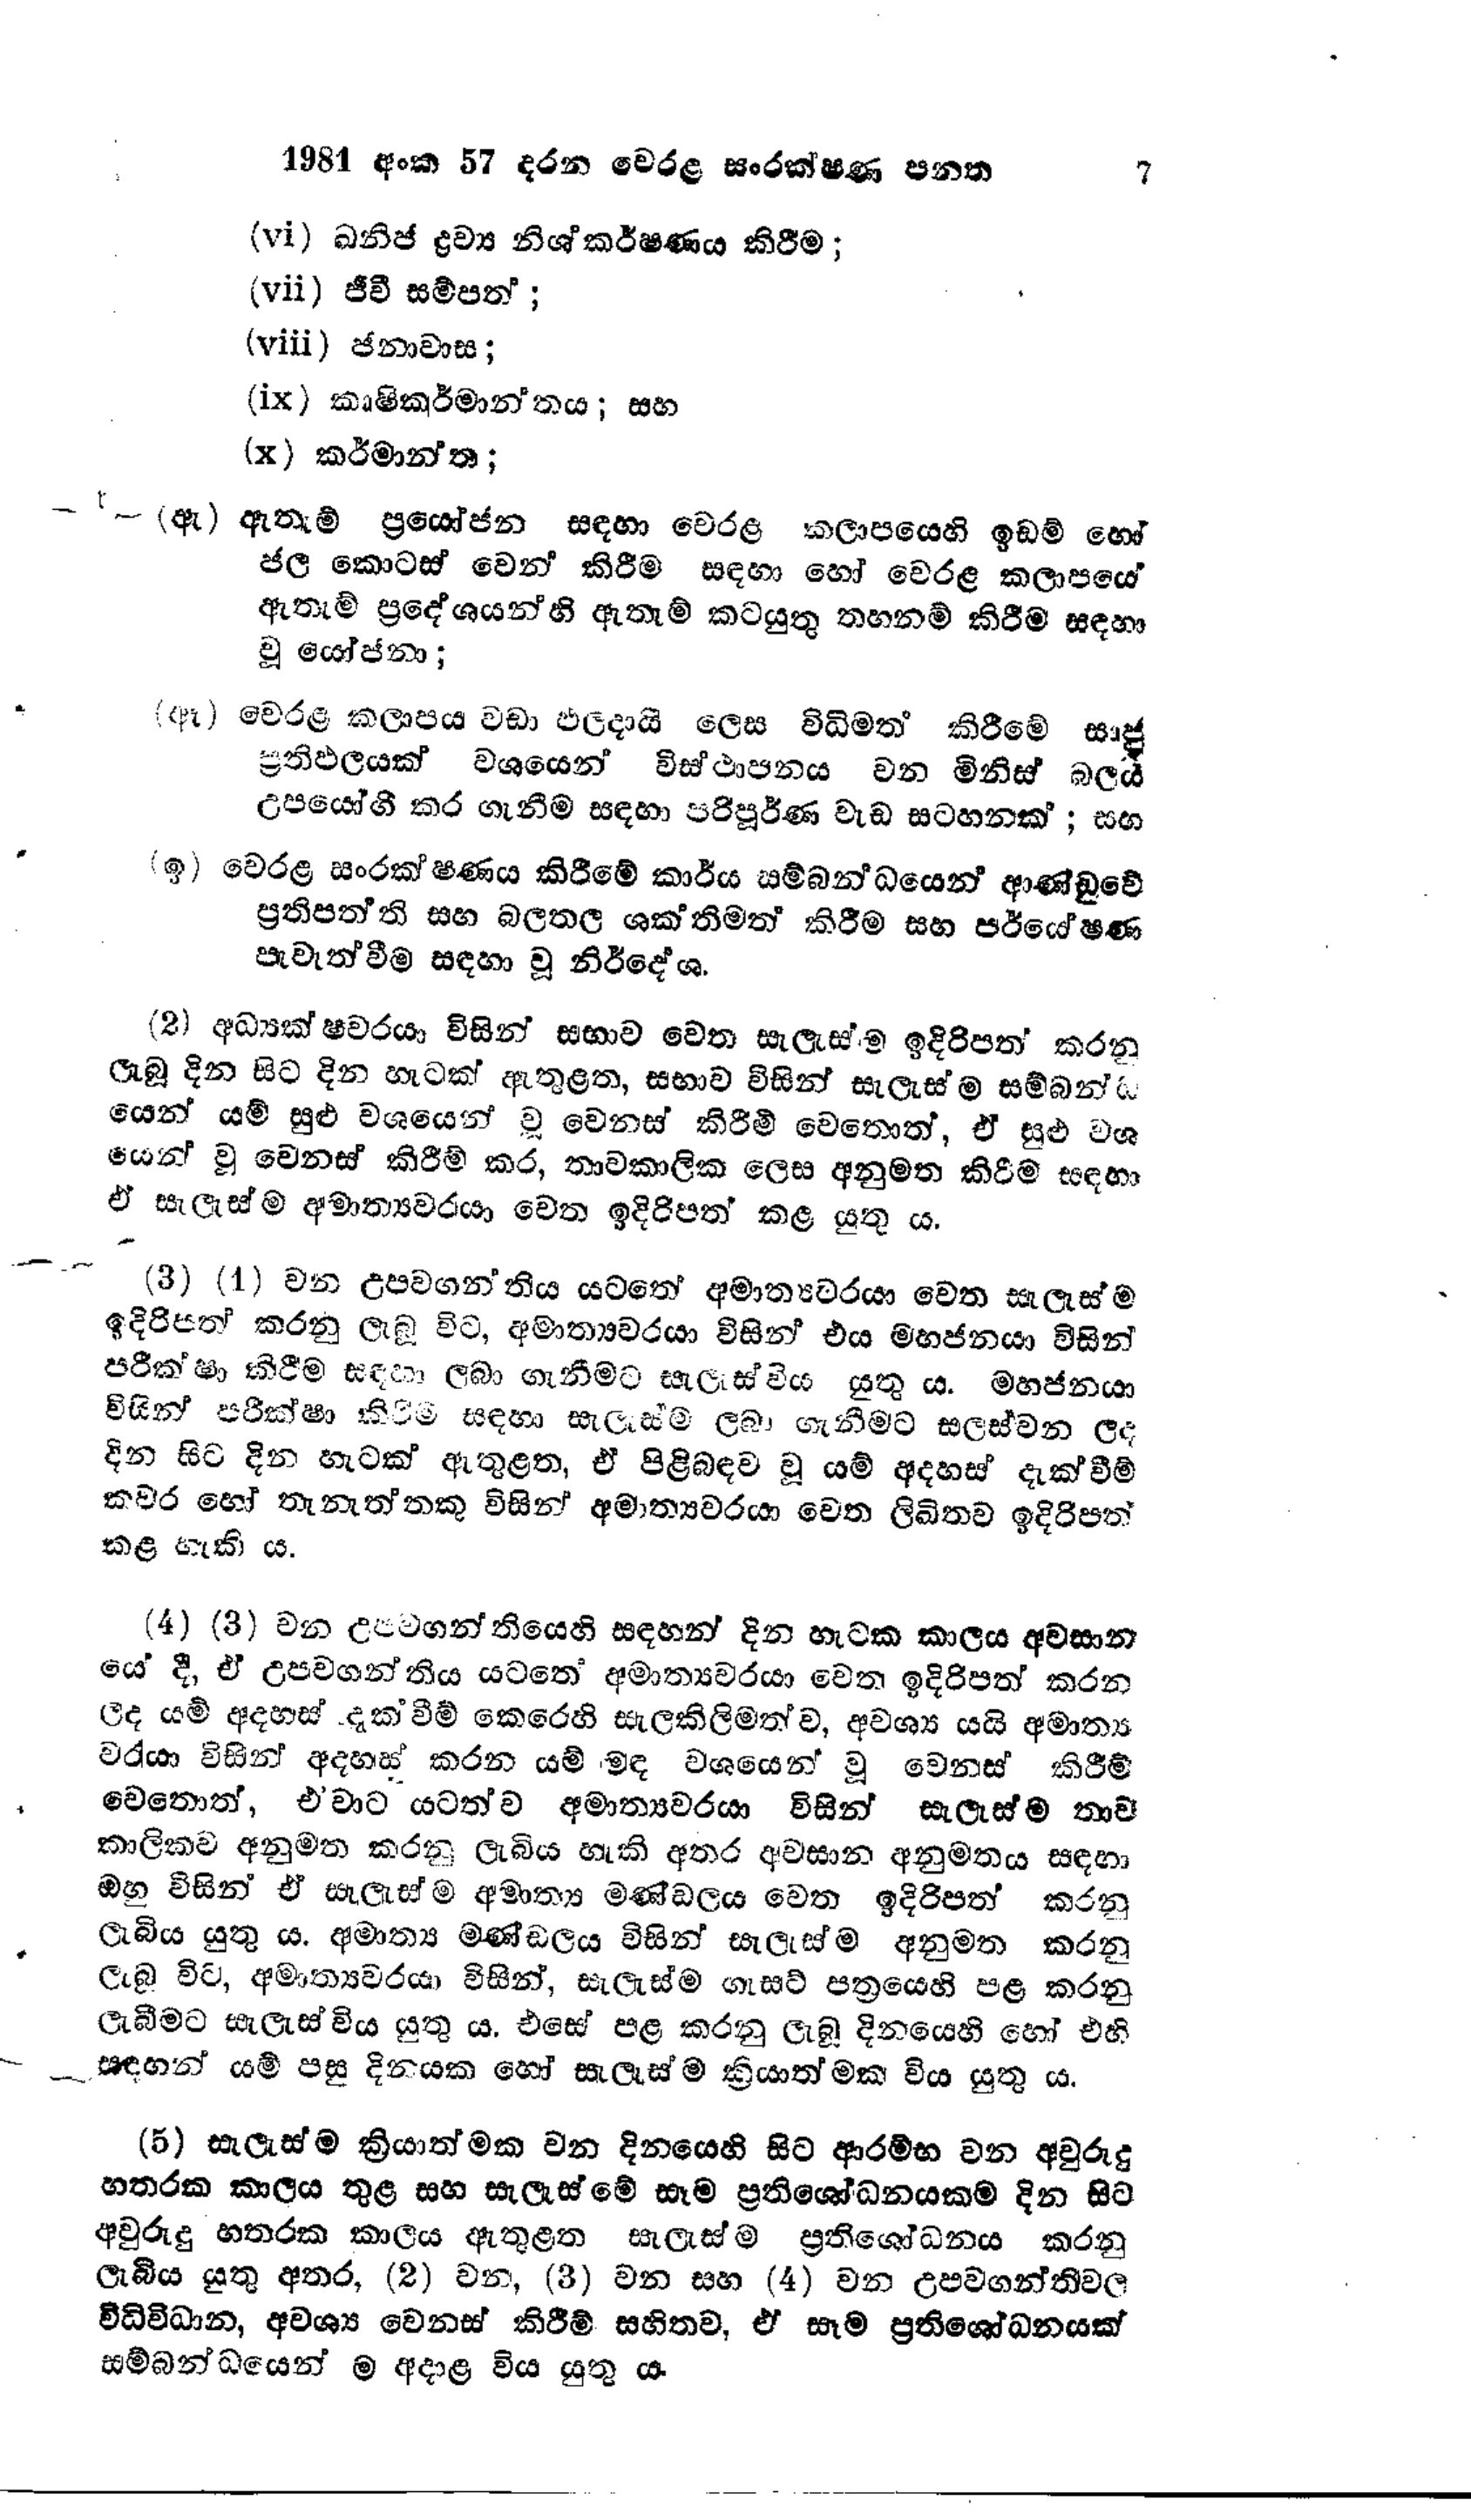
1981 අංක 57 දරන වෙරළ සංරක්ෂණ පනත   7

(vi) ඛනිජ ද්‍රව්‍ය නිශ්කර්ෂණය කිරීම;
(vii) ජීවී සම්පත් ;
(viii) ජනාවාස ;
(ix) කෘෂිකර්මාන්තය ; සහ
(x) කර්මාන්ත;

(ඇ) ඇතැම් ප්‍රයෝජන සඳහා වෙරළ කලාපයෙහි ඉඩම් හෝ
ජල කොටස් වෙන් කිරීම සඳහා හෝ වෙරළ කලාපයේ
ඇතැම් ප්‍රදේශයන්හි ඇතැම් කටයුතු තහනම් කිරීම සඳහා
වූ යෝජනා;

(ඈ) වෙරළ කලාපය වඩා ඵලදායී ලෙස විධිමත් කිරීමේ සෘජු
ප්‍රතිඵලයක් වශයෙන් විස්ථාපනය වන මිනිස් බලය
උපයෝගී කර ගැනීම සඳහා පරිපූර්ණ වැඩ සටහනක්; සහ

(ඉ) වෙරළ සංරක්ෂණය කිරීමේ කාර්ය සම්බන්ධයෙන් ආණ්ඩුවේ
ප්‍රතිපත්ති සහ බලතල ශක්තිමත් කිරීම සහ පර්යේෂණ
පැවැත්වීම සඳහා වූ නිර්දේශ.

(2) අධ්‍යක්ෂවරයා විසින් සභාව වෙත සැලැස්ම ඉදිරිපත් කරනු
ලැබූ දින සිට දින හැටක් ඇතුළත, සභාව විසින් සැලැස්ම සම්බන්ධ
යෙන් යම් සුළු වශයෙන් වූ වෙනස් කිරීම් වෙතොත්, ඒ සුළු වශ
යෙන් වූ වෙනස් කිරීම් කර, තාවකාලික ලෙස අනුමත කිරීම සඳහා
ඒ සැලැස්ම අමාත්‍යවරයා වෙත ඉදිරිපත් කළ යුතු ය.

(3) (1) වන උපවගන්තිය යටතේ අමාත්‍යවරයා වෙත සැලැස්ම
ඉදිරිපත් කරනු ලැබූ විට, අමාත්‍යවරයා විසින් එය මහජනයා විසින්
පරීක්ෂා කිරීම සඳහා ලබා ගැනීමට සැලැස්විය යුතුය. මහජනයා
විසින් පරීක්ෂා කිරීම සඳහා සැලැස්ම ලබා ගැනීමට සලස්වන ලද
දින සිට දින හැටක් ඇතුළත, ඒ පිළිබඳව වූ යම් අදහස් දැක්වීම්
කවර හෝ තැනැත්තකු විසින් අමාත්‍යවරයා වෙත ලිඛිතව ඉදිරිපත්
කළ හැකි ය.

(4) (3) වන උපවගන්තියෙහි සඳහන් දින හැටක කාලය අවසාන
යේ දී, ඒ උපවගන්තිය යටතේ අමාත්‍යවරයා වෙත ඉදිරිපත් කරන
ලද යම් අදහස් දැක්වීම් කෙරෙහි සැලකිලිමත්ව, අවශ්‍ය යයි අමාත්‍ය
වරයා විසින් අදහස් කරන යම් මඳ වශයෙන් වූ වෙනස් කිරීම්
වෙතොත්, ඒවාට යටත්ව අමාත්‍යවරයා විසින් සැලැස්ම තාව
කාලිකව අනුමත කරනු ලැබිය හැකි අතර අවසාන අනුමතය සඳහා
ඔහු විසින් ඒ සැලැස්ම අමාත්‍ය මණ්ඩලය වෙත ඉදිරිපත් කරනු
ලැබිය යුතු ය. අමාත්‍ය මණ්ඩලය විසින් සැලැස්ම අනුමත කරනු
ලැබූ විට, අමාත්‍යවරයා විසින්, සැලැස්ම ගැසට් පත්‍රයෙහි පළ කරනු
ලැබීමට සැලැස්විය යුතු ය. එසේ පළ කරනු ලැබූ දිනයෙහි හෝ එහි
සඳහන් යම් පසු දිනයක හෝ සැලැස්ම ක්‍රියාත්මක විය යුතු ය.

(5) සැලැස්ම ක්‍රියාත්මක වන දිනයෙහි සිට ආරම්භ වන අවුරුදු
හතරක කාලය තුළ සහ සැලැස්මේ සෑම ප්‍රතිශෝධනයකම දින සිට
අවුරුදු හතරක කාලය ඇතුළත සැලැස්ම ප්‍රතිශෝධනය කරනු
ලැබිය යුතු අතර, (2) වන, (3) වන සහ (4) වන උපවගන්තිවල
විධිවිධාන, අවශ්‍ය වෙනස් කිරීම් සහිතව, ඒ සෑම ප්‍රතිශෝධනයක්
සම්බන්ධයෙන් ම අදාළ විය යුතු ය.